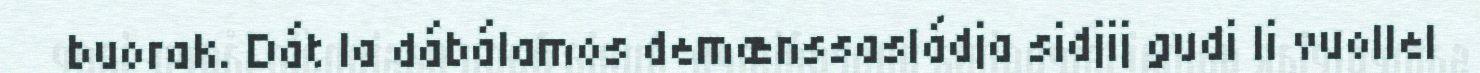
buorak. Dát la dábálamos demænssasládja sidjij gudi li vuollel